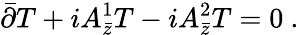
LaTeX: \bar{\partial}T+iA_{\bar{z}}^{1}T-iA_{\bar{z}}^{2}T=0\ .